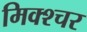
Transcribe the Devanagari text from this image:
मिक्‍श्‍चर